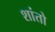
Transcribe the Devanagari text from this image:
शांतो